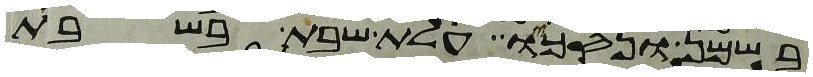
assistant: בשמן ונסכו עלת שבת בשבת